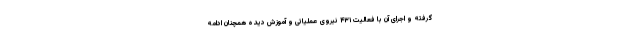
گرفته و اجرای آن با فعالیت ۴۳۱ نیروی عملیاتی و آموزش دیده همچنان ادامه